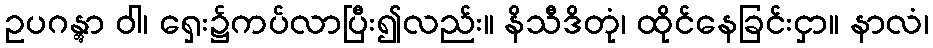
ဥပဂန္တွာ ဝါ၊ ရှေး၌ကပ်လာပြီး၍လည်း။ နိသီဒိတုံ၊ ထိုင်နေခြင်းငှာ။ နာလံ၊